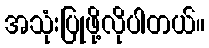
အသုံးပြုဖို့လိုပါတယ်။